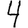
Digit: 4